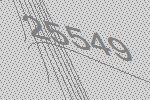
25549